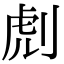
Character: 䖌